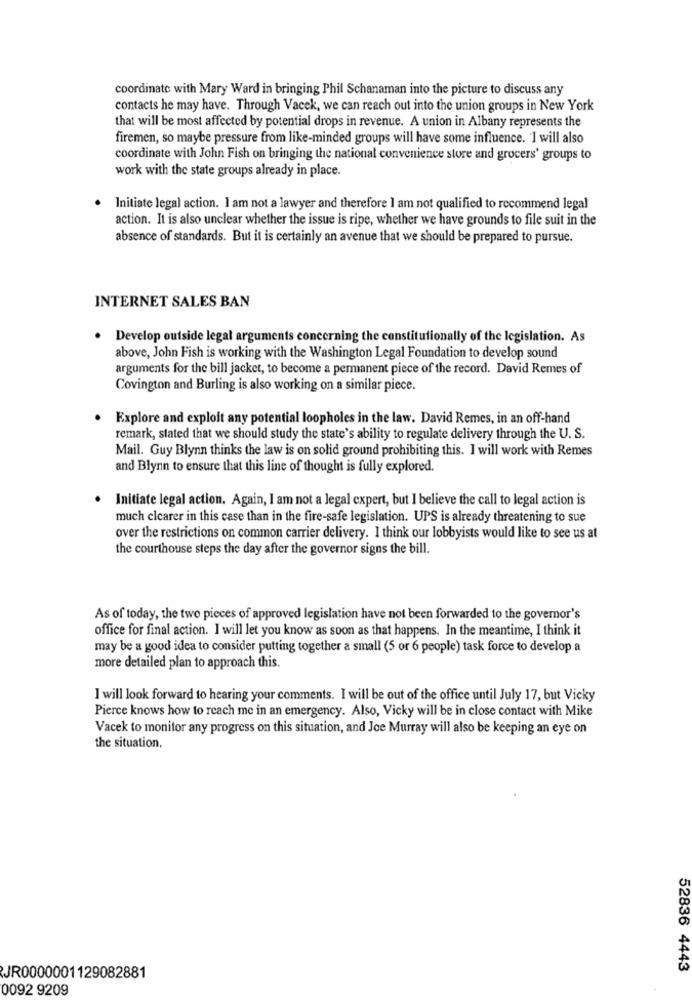
coordinate with Mary Ward in bringing Phil Schanaman into the picture to discuss any
contacts he may have. Through Vacek, we can reach out into the union groups in New York
that will be most affected by potential drops in revenue. A union in Albany represents the
firemen, so maybe pressure from like-minded groups will have some influence. I will also
coordinate with John Fish on bringing the national convenience store and grocers' groups to
work with the state groups already in place.
Initiate legal action. I am not a lawyer and therefore I am not qualified to recommend legal
action. It is also unclear whether the issue is ripe, whether we have grounds to file suit in the
absence of standards. But it is certainly an avenue that we should be prepared to pursue.
INTERNET SALES BAN
Develop outside legal arguments concerning the constitutionally of the legislation. As
above, John Fish is working with the Washington Legal Foundation to develop sound
arguments for the bill jacket, to become a permanent piece of the record. David Remes of
Covington and Burling is also working on a similar piece.
Explore and exploit any potential loopholes in the law. David Remes, in an off-hand
remark, stated that we should study the state's ability to regulate delivery through the U. S.
Mail. Guy Blynn thinks the law is on solid ground prohibiting this. I will work with Remes
and Blynn to ensure that this line of thought is fully explored.
Initiate legal action. Again, I am not a legal expert, but I believe the call to legal action is
much clearer in this case than in the fire-safe legislation. UPS is already threatening to sue
over the restrictions on common carrier delivery. I think our lobbyists would like to see us at
the courthouse steps the day after the governor signs the bill.
As of today, the two pieces of approved legislation have not been forwarded to the governor's
office for final action. I will let you know as soon as that happens. In the meantime, I think it
may be a good idea to consider putting together a small (5 or 6 people) task force to develop a
more detailed plan to approach this.
I will look forward to hearing your comments. I will be out of the office until July 17, but Vicky
Pierce knows how to reach me in an emergency. Also, Vicky will be in close contact with Mike
Vacek to monitor any progress on this situation, and Joe Murray will also be keeping an eye on
the situation,
52836 4443
JR0000001129082881
0092 9209